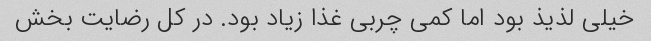
خیلی لذیذ بود اما کمی چربی غذا زیاد بود. در کل رضایت بخش